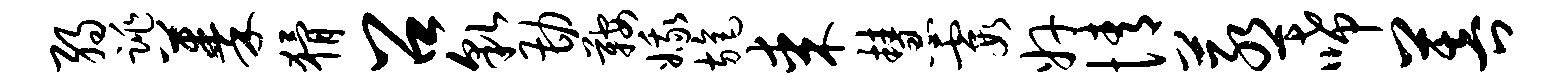
弱跳蓁猾召貌勘鞍娥旄某慧霞奸情蒸唏菩